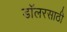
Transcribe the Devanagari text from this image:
डॉलरसाठी